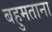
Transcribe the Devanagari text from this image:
बहुमताना